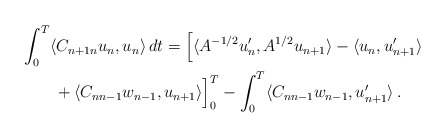
\begin{align*} & \int_0^T \langle C_{n+1 n} u_{n}, u_n \rangle \,dt= \Big[\langle A^{-1/2}u_n^{\prime}, A^{1/2}u_{n+1}\rangle - \langle u_n, u_{n+1}^{\prime} \rangle \\&\qquad+ \langle C_{n n-1}w_{n-1}, u_{n+1} \rangle\Big]_0^T - \int_0^T \langle C_{n n-1}w_{n-1}, u_{n+1}^{\prime} \rangle \,. \end{align*}